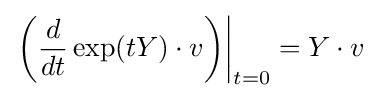
\left.\left({\frac {d}{dt}}\exp(tY)\cdot v\right)\right|_{t=0}=Y\cdot v